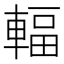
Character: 輻